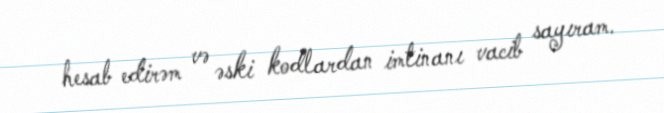
hesab edirəm və əski kodlardan imtinanı vacib sayıram.